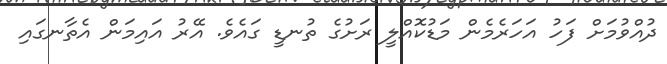
ދުއްވުމަށް ފަހު އަހަރެމެން މަޑުކޮއްލީ ރަށުގެ ތުނޑީ ގައެވެ. އޭރު އައިމަން އެތާނގައި